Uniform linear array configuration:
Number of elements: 64
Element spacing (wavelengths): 0.25
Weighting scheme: hann
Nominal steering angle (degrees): -60
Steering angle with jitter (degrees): -61.251
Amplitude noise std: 0.05
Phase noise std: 0.05

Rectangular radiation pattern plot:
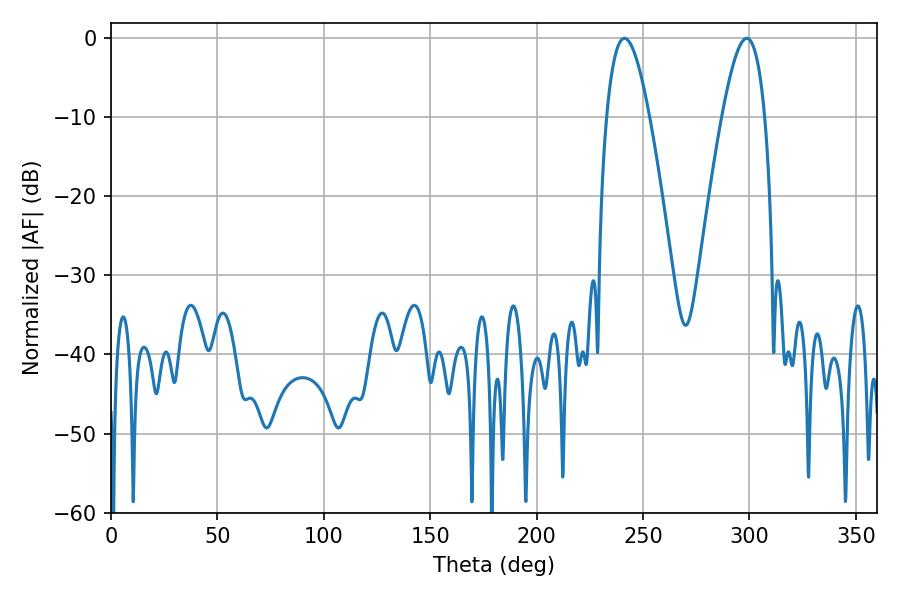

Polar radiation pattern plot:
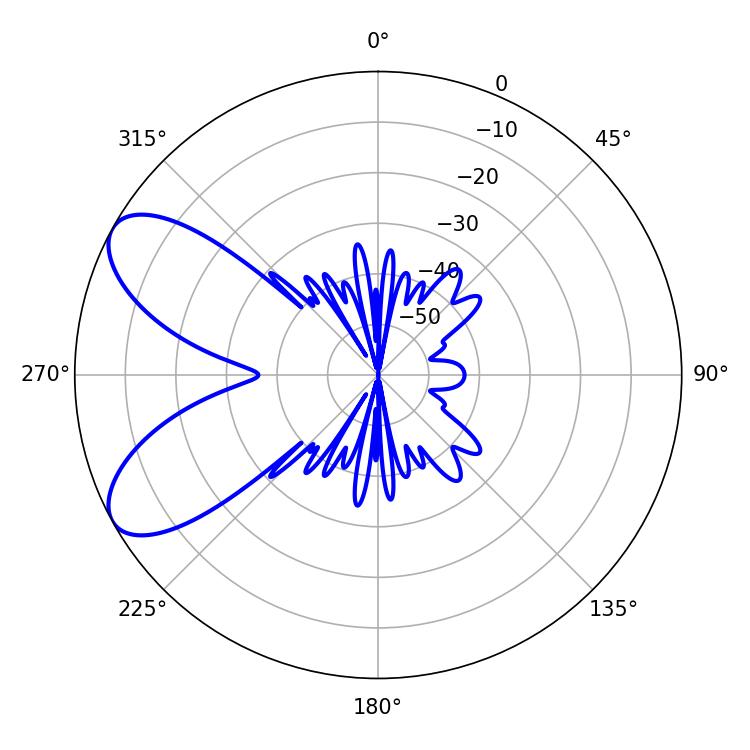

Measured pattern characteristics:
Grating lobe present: FALSE
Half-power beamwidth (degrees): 10.98
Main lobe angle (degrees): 241.2